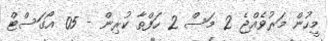
މީހުން މަރުވެއްޖެ 2 މަސް 2 ހަފްތާ ކުރިން - 05 އޯގަސްޓް